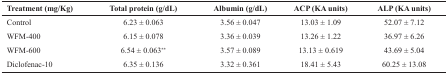
<table><thead><tr><td><b>Treatment (mg/Kg)</b></td><td><b>Total protein (g/dL)</b></td><td><b>Albumin (g/dL)</b></td><td><b>ACP (KA units)</b></td><td><b>ALP (KA units)</b></td></tr></thead><tbody><tr><td>Control</td><td>6.23 ± 0.063</td><td>3.56 ± 0.047</td><td>13.03 ± 1.09</td><td>52.07 ± 7.12</td></tr><tr><td>WFM-400</td><td>6.15 ± 0.078</td><td>3.36 ± 0.039</td><td>13.26 ± 1.22</td><td>36.97 ± 6.26</td></tr><tr><td>WFM-600</td><td>6.54 ± 0.063<sup>**</sup></td><td>3.57 ± 0.089</td><td>13.13 ± 0.619</td><td>43.69 ± 5.04</td></tr><tr><td>Diclofenac-10</td><td>6.35 ± 0.136</td><td>3.32 ± 0.361</td><td>18.41 ± 5.43</td><td>60.25 ± 13.08</td></tr></tbody></table>